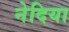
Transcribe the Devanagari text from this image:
नेदिया